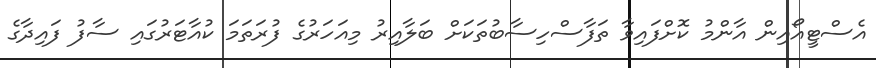
އެސްޓީއޯއިން އާންމު ކޮށްފައިވާ ތަފާސްހިސާބުތަކަށް ބަލާއިރު މިއަހަރުގެ ފުރަތަމަ ކުއާޓަރުގައި ސާފު ފައިދާގެ